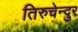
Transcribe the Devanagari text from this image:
तिरुचेन्दुर